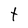
Character: t